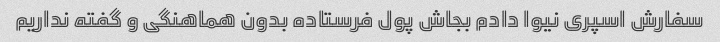
سفارش اسپری نیوا دادم بجاش پول فرستاده بدون هماهنگی و گفته نداریم